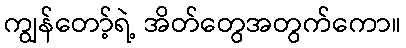
ကျွန်တော့်ရဲ့ အိတ်တွေအတွက်ကော။